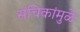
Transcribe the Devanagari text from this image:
संचिकांमुळे